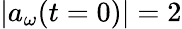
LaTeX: |a_{\omega}(t=0)|=2